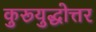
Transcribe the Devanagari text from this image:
कुरूयुद्धोत्तर